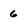
Character: 6